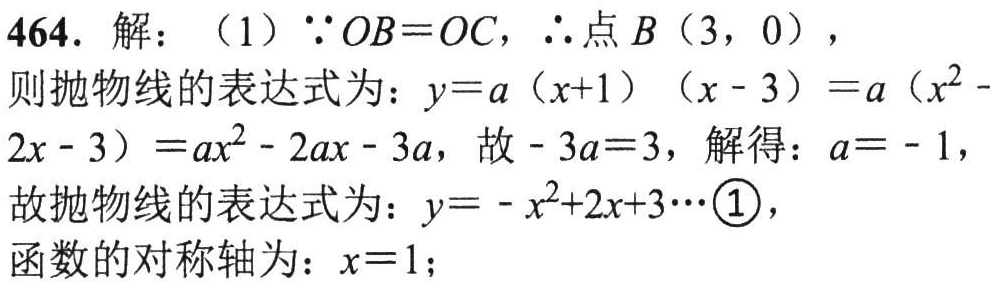
464. 解：（1）\(\because OB = OC\)，\(\therefore\)点\(B(3,0)\)，
则抛物线的表达式为：\(y = a(x + 1)(x - 3)=a(x^{2}-2x - 3)=ax^{2}-2ax - 3a\)，故\(-3a = 3\)，解得：\(a = - 1\)，
故抛物线的表达式为：\(y=-x^{2}+2x + 3\cdots\)\textcircled{1}，
函数的对称轴为：\(x = 1\)；